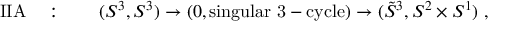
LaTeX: \mathrm { I I A } \quad : \qquad ( S ^ { 3 } , S ^ { 3 } ) \to ( 0 , \mathrm { s i n g u l a r ~ 3 - c y c l e } ) \to ( \tilde { S } ^ { 3 } , S ^ { 2 } \times S ^ { 1 } ) ~ ,